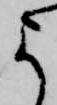
よ